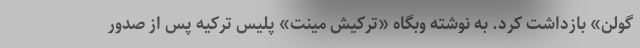
گولن» بازداشت کرد. به نوشته وبگاه «ترکیش مینت» پلیس ترکیه پس از صدور